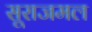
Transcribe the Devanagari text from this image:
सूराजमल